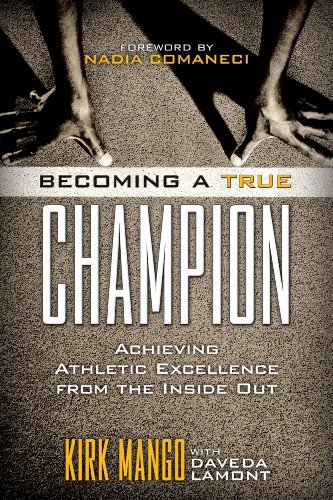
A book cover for Becoming a True Champion: Achieving Athletic Excellence from the Inside Out; Kirk Mango; Sports & Outdoors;